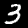
Digit: 3